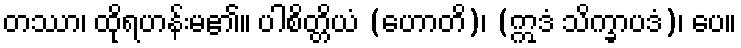
တဿာ၊ ထိုရဟန်းမ၏။ ပါစိတ္တိယံ (ဟောတိ)၊ (ဣဒံ သိက္ခာပဒံ)၊ ပေ။